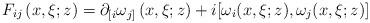
LaTeX: \begin{align*}F_{ij}\left( x,\xi;z\right) =\partial_{\lbrack i}\omega_{j]}\left(x,\xi;z\right) +i[\omega_{i}(x,\xi;z),\omega_{j}(x,\xi;z)]\end{align*}